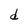
Character: d